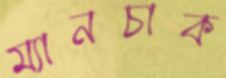
ম্যানচাক